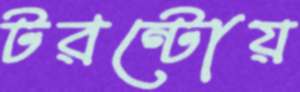
টরন্টোয়